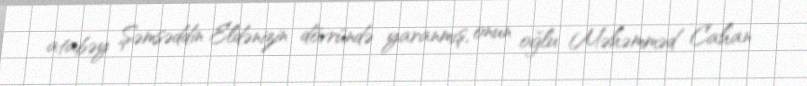
atabəy Şəmsəddin Eldənizin dövründə yaranmış, onun oğlu Məhəmməd Cahan